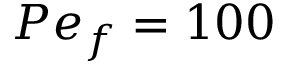
P e _ { f } = 1 0 0